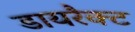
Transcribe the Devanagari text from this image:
डायरैक्ट